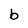
Character: b